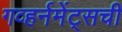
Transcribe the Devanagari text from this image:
गव्हर्नमेंट्सची